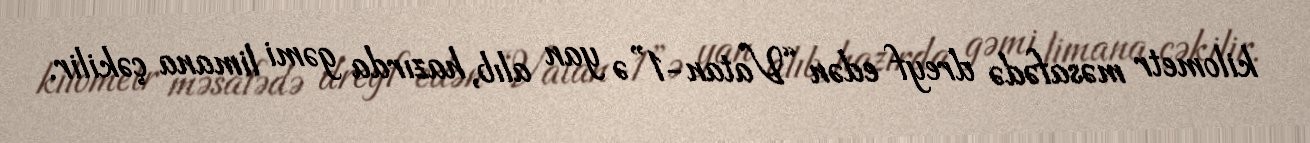
kilometr məsafədə dreyf edən “Vatan-1”ə yan alıb, hazırda gəmi limana çəkilir.